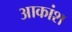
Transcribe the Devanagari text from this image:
आकांश